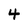
Character: 4